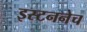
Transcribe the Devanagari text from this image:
इस्टननेच